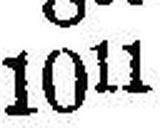
1011